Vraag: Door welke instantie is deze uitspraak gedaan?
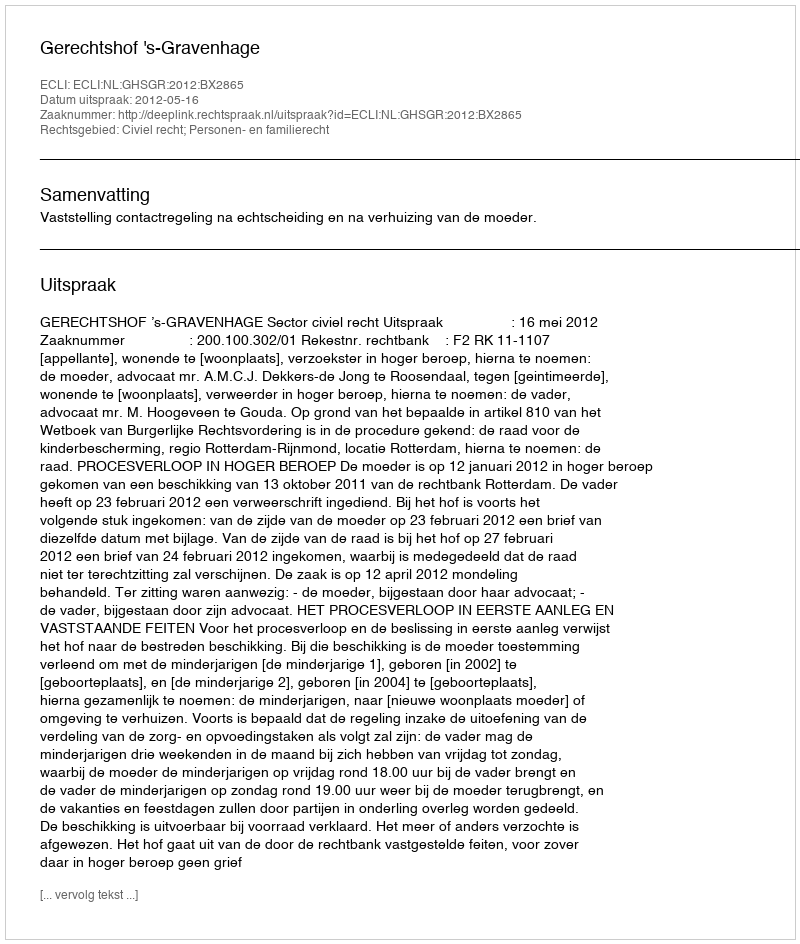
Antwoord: Gerechtshof 's-Gravenhage